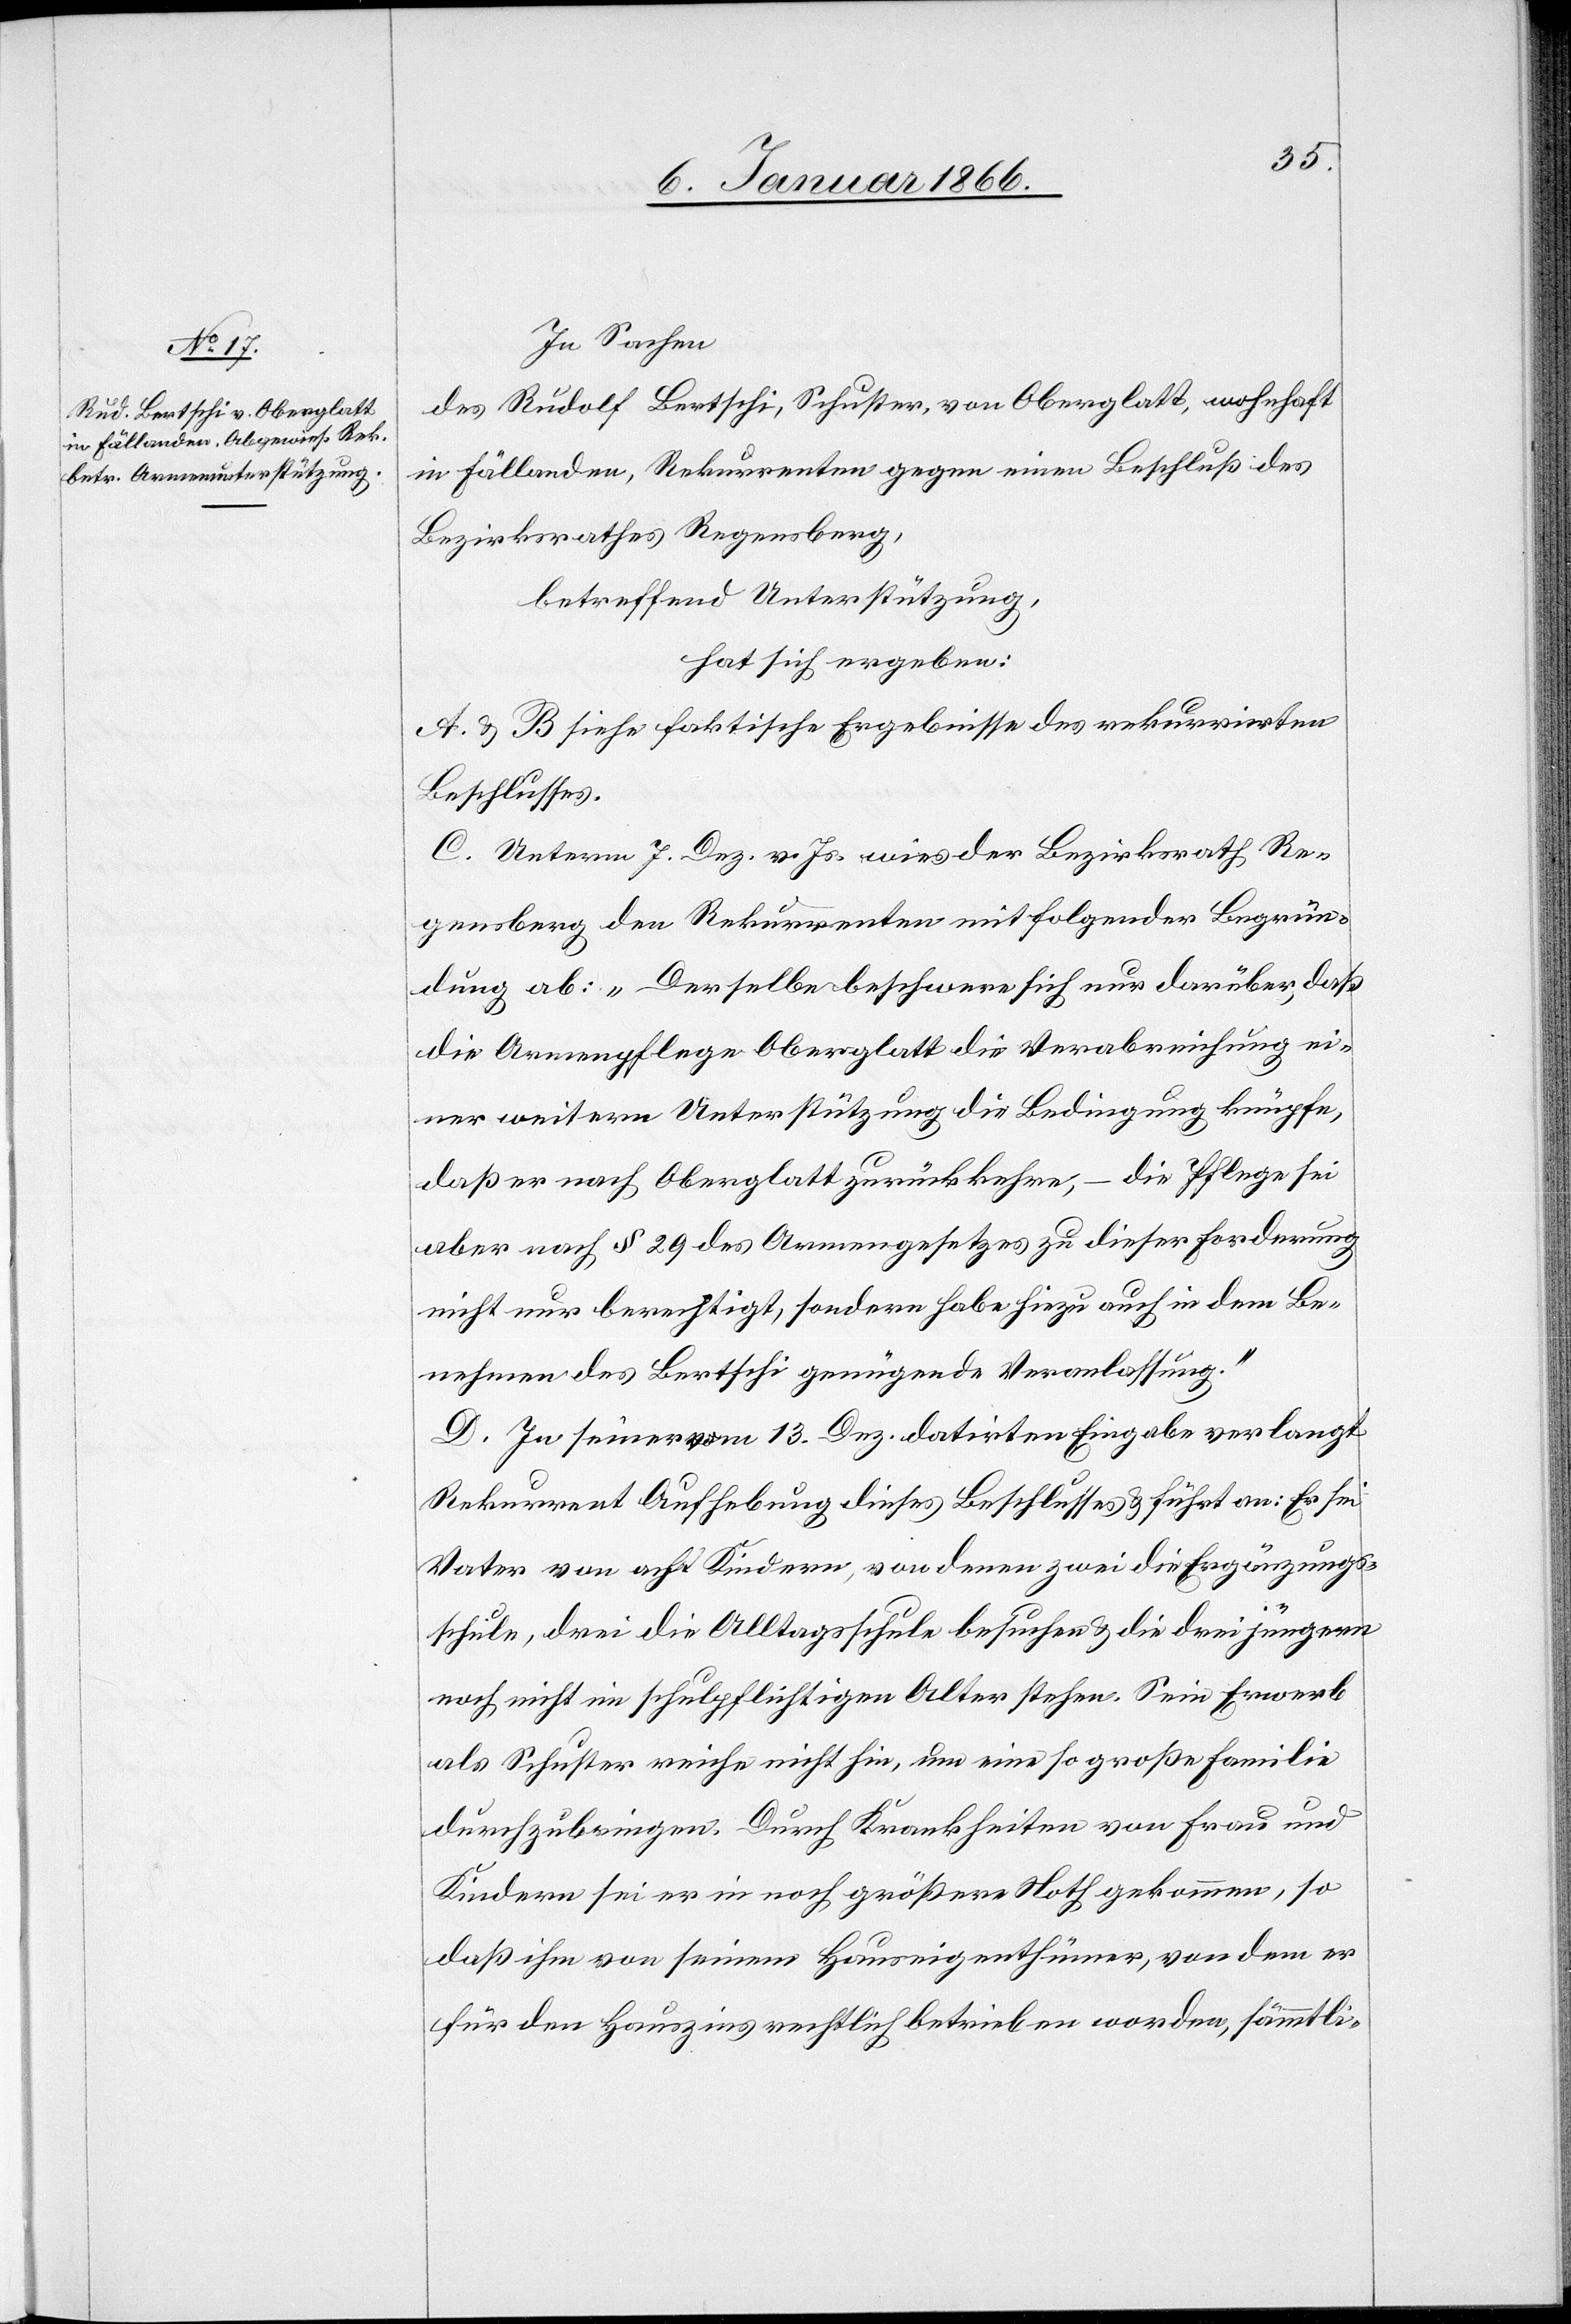
In Sachen
des Rudolf Bertschi, Schuster, von Oberglatt, wohnhaft
in Fällanden, Rekurrenten gegen einen Beschluß des
Bezirksrathes Regensberg,
betreffend Unterstützung,
hat sich ergeben:
A. & B. siehe faktische Ergebnisse des rekurrirten
Beschlusses.
C. Unterm 7. Dez v. Js. wies der Bezirksrath Re¬
gensberg den Rekurrenten mit folgender Begrün¬
dung ab: „Derselbe beschwere sich nur darüber, daß
die Armenpflege Oberglatt die Verabreichung ei¬
ner weitern Unterstützung [an] die Bedingung knüpfe,
daß er nach Oberglatt zurückkehre, – die Pflege sei
aber nach § 29 des Armengesetzes zu dieser Forderung
nicht nur berechtigt, sondern habe auch in dem Be¬
nehmen des Bertschi genügende Veranlassung.“
D. In seiner vom 13. Dez. datirten Eingabe verlangt
Rekurrent Aufhebung dieses Beschlusses u. führt an: Er sei
Vater von acht Kindern, von denen zwei die Ergänzungs¬
schule, drei die Alltagsschule besuchen u. die drei jüngern
noch nicht im schulpflichtigen Alter stehen. Sein Erwerb
als Schuster reiche nicht hin, um eine so große Familie
durchzubringen. Durch Krankheiten von Frau und
Kindern sei er in noch größere Noth gekommen, so
daß ihm von seinem Hauseigenthümer, von dem er
für den Hauszins rechtlich betrieben worden, sämmtli-